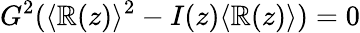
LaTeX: G^{2}(\langle\mathbb{R}(z)\rangle^{2}-I(z)\langle\mathbb{R}(z)\rangle)=0